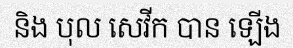
និង បុល សេវីក បាន ឡើង